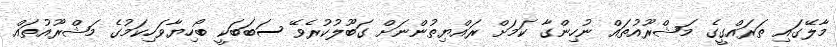
މާލޭގައި ތަރައްގީގެ މަޝްރޫއުތައް ނުހިންގާ ކަމަށް ރައްޔިތުންނަށް ގަބޫލުކުރެވޭ ސަބަބަކީ ބޯހިޔާވަހިކަމުގެ މަޝްރޫއުތައް